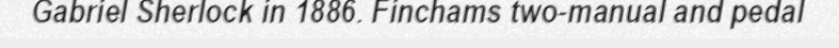
Gabriel Sherlock in 1886. Finchams two-manual and pedal